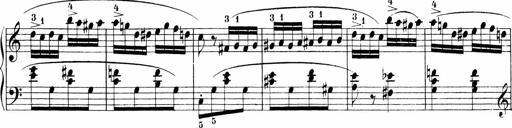
Title: Sonatinen Op.47, 98 und 136, nebst 6 Liedersonatinen
Composer: Carl Reinecke